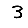
Digit: 3